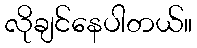
လိုချင်နေပါတယ်။